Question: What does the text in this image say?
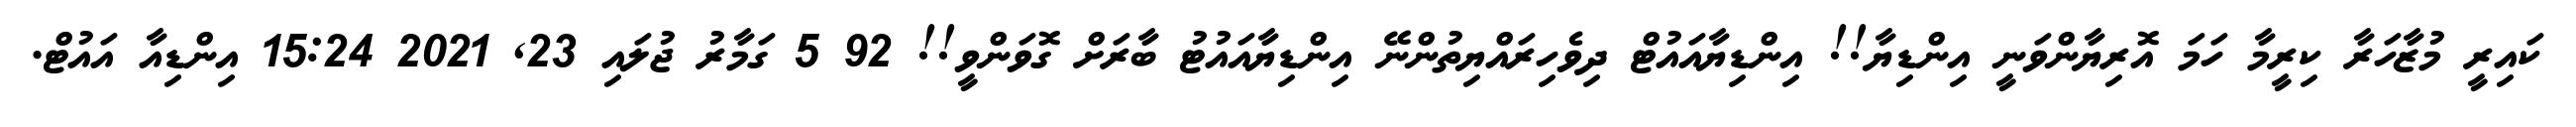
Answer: ކައިރީ މުޒާހަރާ ކިރީމާ ހަމަ އޮރިޔާންވަނީ އިންޑިޔާ!! އިންޑިޔާއައުޓް ދިވެހިރައްޔިތުންނޭ އިންޑިޔާއައުޓު ބާރަށް ގޮވަންވީ!! 92 5 ގަމާރު ޖުލައި 23, 2021 15:24 އިންޑިއާ އައުޓް.